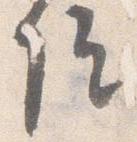
院